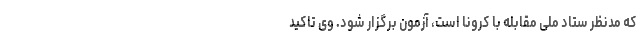
که مدنظر ستاد ملی مقابله با کرونا است، آزمون برگزار شود. وی تاکید